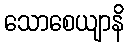
သောစေယျာနိ